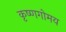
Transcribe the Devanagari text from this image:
कृष्णगोमय